Vaccination in Burma 1920-1933 - 1920-1933
Year: 1920
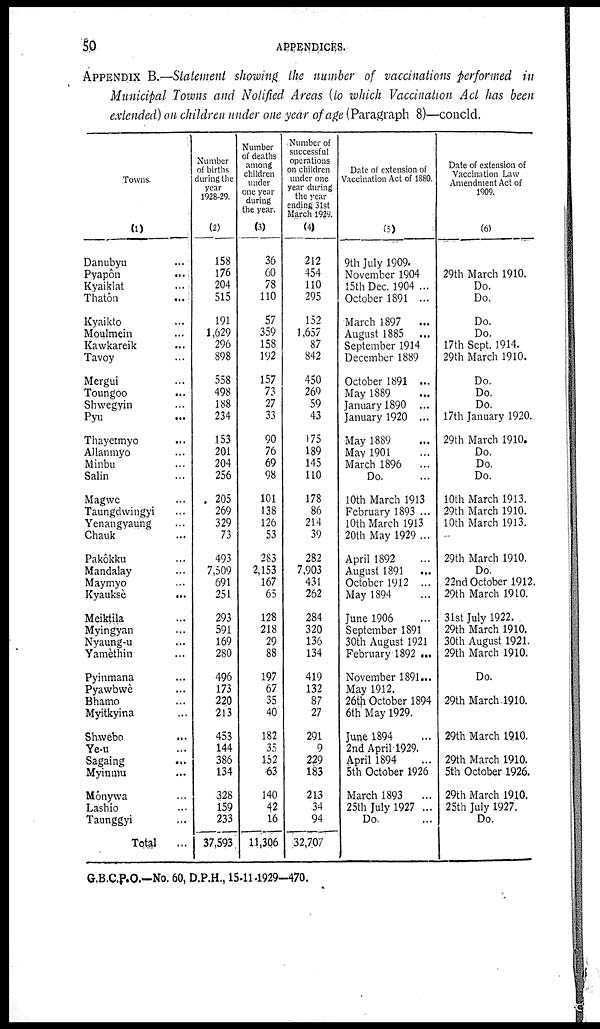
50
APPENDICES.
APPENDIX B.—Statement showing the number of vaccinations performed in
Municipal Towns and Notified Areas (to which Vaccination Act has been
extended) on children under one year of age (Paragraph 8)—concld.
Towns.
(1)
Danubyu ...
Pyapôn ...
Kyaiklat ...
Thatôn ...
Kyaikto ...
Moulmein ...
Kawkareik ...
Tavoy ...
Mergui ...
Toungoo ...
Shwegyin ...
Pyu ...
Thayetmyo ...
Allanmyo ...
Minbu ...
Salin ...
Magwe ...
Taungdwingyi ...
Yenangyaung ...
Chauk ...
Pakôkku ...
Mandalay ...
Maymyo ...
Kyauksè ...
Meiktila ...
Myingyan ...
Nyaung-u ...
Yamèthin ...
Pyinmana ...
Pyawbwè ...
Bhamo ...
Myitkyina ...
Shwebo ...
Ye-u ...
Sagaing ...
Myinmu ...
Mônywa ...
Lashio ...
Taunggyi ...
Total
...
Number
of births
during the
year
1928-29.
(2)
158
176
204
515
191
1,629
296
898
558
498
188
234
153
201
204
256
205
269
329
73
493
7,509
691
251
293
591
169
280
496
173
220
213
453
144
386
134
328
159
233
37,593
Number
of deaths
among
children
under
one year
during
the year.
(3)
36
60
78
110
57
359
158
192
157
73
27
33
90
76
69
98
101
138
126
53
283
2,153
167
65
128
218
29
88
197
67
35
40
182
35
152
63
140
42
16
11,306
Number of
successful
operations
on children
under one
year during
the year
ending 31st
March 1929.
(4)
212
454
110
295
152
1,657
87
842
450
269
59
43
175
189
145
110
178
86
214
39
282
7,903
431
262
284
320
136
134
419
132
87
27
291
9
229
183
213
34
94
32,707
Date of extension of
Vaccination Act of 1880.
(5)
9th July 1909.
November 1904
15th Dec. 1904 ...
October 1891 ...
March 1897 ...
August 1885 ...
September 1914
December 1889
October 1891 ...
May 1889 ...
January 1890 ...
January 1920 ...
May 1889 ...
May 1901...
March 1896 ...
Do. ...
10th March 1913
February 1893 ...
10th March 1913
20th May 1929 ...
April 1892 ...
August 1891 ...
October 1912 ...
May 1894 ...
June 1906 ...
September 1891
30th August 1921
February 1892...
November 1891...
May 1912.
26th October 1894
6th May 1929.
June 1894 ...
2nd April 1929.
April 1894 ...
5th October 1926
March 1893 ...
25th July 1927 ...
Do.
Date of extension of
Vaccination Law
Amendment Act of
1909.
(6)
29th March 1910.
Do.
Do.
Do.
Do.
17th Sept. 1914.
29th March 1910.
Do.
Do.
Do.
17th January 1920.
29th March 1910.
Do.
Do.
Do.
10th March 1913.
29th March 1910.
10th March 1913.
...
29th March 1910.
Do.
22nd October 1912.
29th March 1910.
31st July 1922.
29th March 1910.
30th August 1921.
29th March 1910.
Do.
29th March 1910.
29th March 1910.
29th March 1910.
5th October 1926.
29th March 1910.
25th July 1927.
Do.
G.B.C.P.O.—No. 60, D.P.H., 15-11-1929—470.